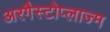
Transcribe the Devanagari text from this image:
अरगैस्टोप्लाज्म